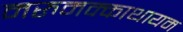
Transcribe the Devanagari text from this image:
मरुमक्काथायम